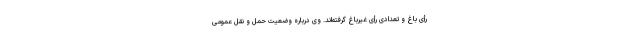
رأی باغ و تعدادی رأی غیرباغ گرفته‌اند. وی درباره وضعیت حمل و نقل عمومی